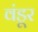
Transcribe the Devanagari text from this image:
वंडूर